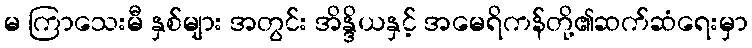
မ ကြာသေးမီ နှစ်များ အတွင်း အိန္ဒိယနှင့် အမေရိကန်တို့၏ဆက်ဆံရေးမှာ